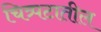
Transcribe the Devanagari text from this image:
चित्र्पटातील